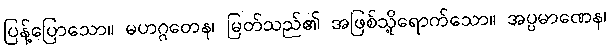
ပြန့်ပြောသော။ မဟဂ္ဂတေန၊ မြတ်သည်၏ အဖြစ်သို့ရောက်သော။ အပ္ပမာဏေန၊